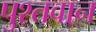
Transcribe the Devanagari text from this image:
पुश्तवान